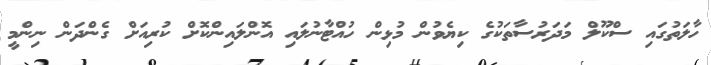
ހާލަތުގައި ސްކޫލް މަދަރުސާތަކުގެ ކިޔެވުން މުޅިން ހުއްޓާނުލައި އޮންލައިންކޮށް ކުރިއަށް ގެންދަން ނިންމީ